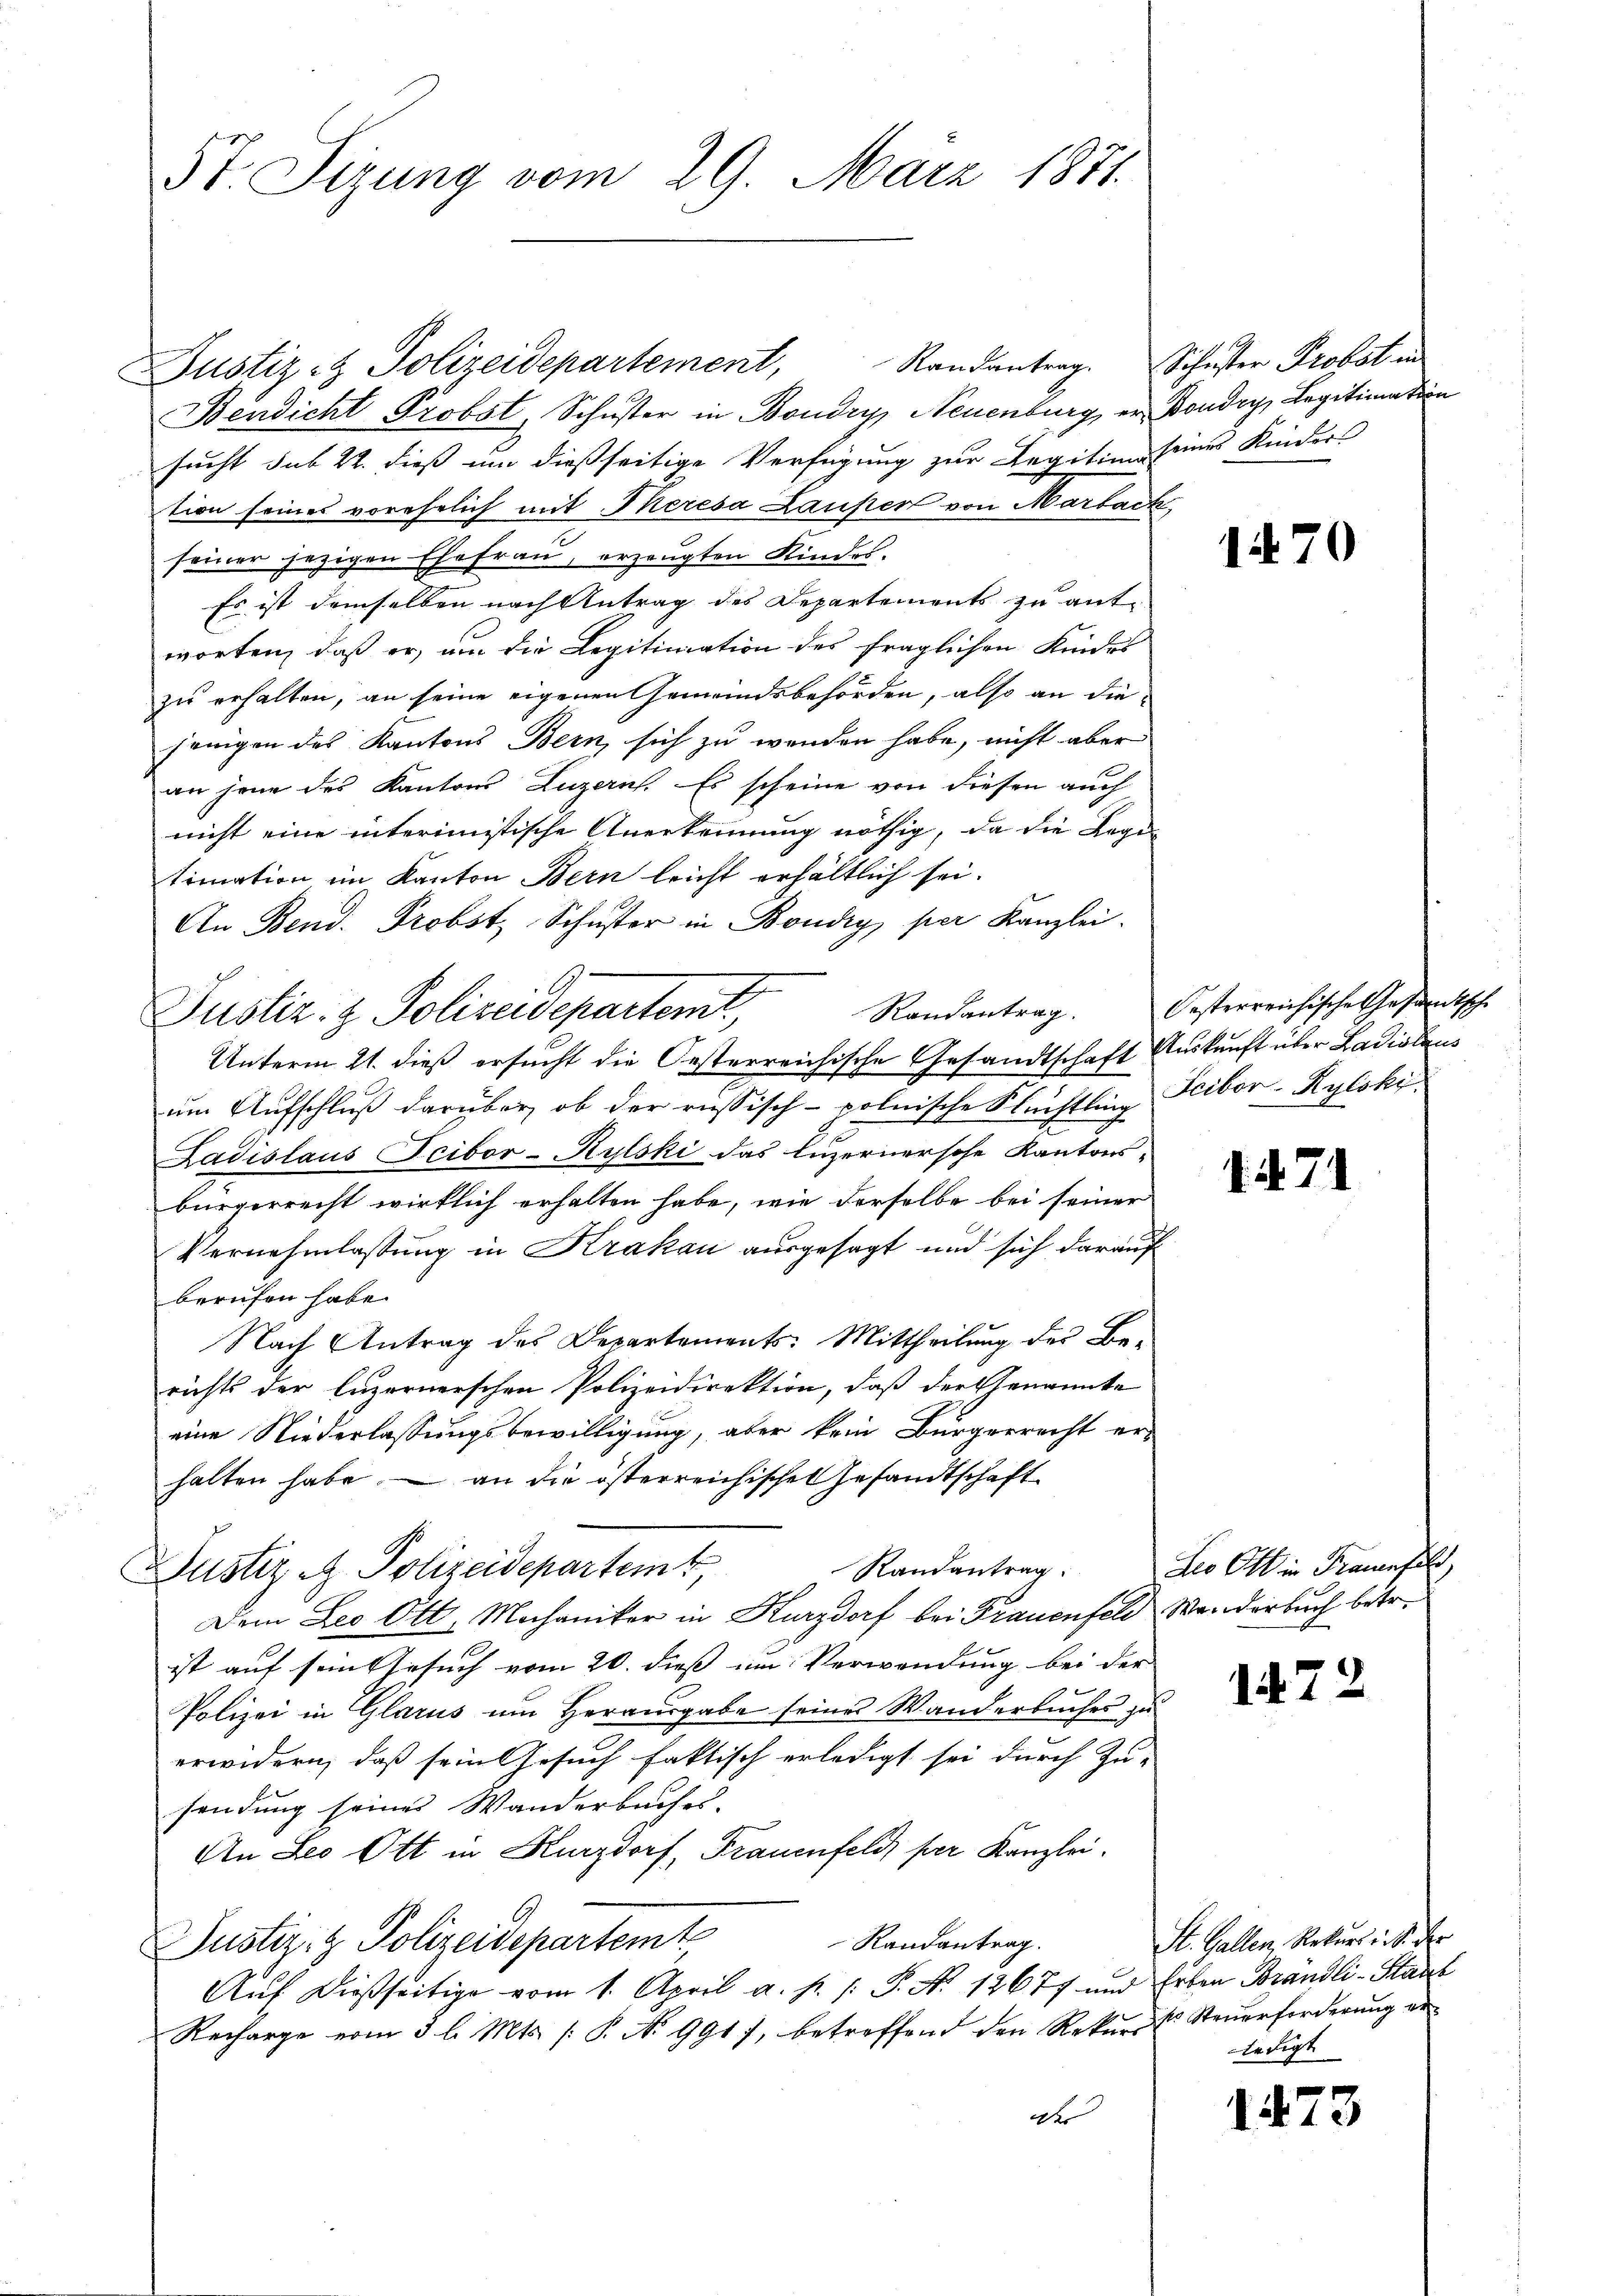
St. Sizung vom 29. März 1871.

Bendicht Probst, Schuster in Boudry, Neuenburg, er Bondry, Legitimation
sucht sub 22. dieß um dießseitige Verfügung zur Legitime seines Kinders
tion seines vorehelich mit Theresa Laufer von Marbach
seiner jezigen Ehefrau, erzeugten Kindes.
Es ist demselben nach Antrag des Departements zu antworten, daß er, um die Legitimation des fraglichen Kindes
zu erhalten, an seine eigenen Gemeindsbehörden, also an die
jenigen des Kantons Bern, sich zu wenden habe, nicht aber
an jene des Kantons Luzern. Es scheine von diesen auch
nicht eine interimistische Anerkennung nöthig, da die Regi
timation im Kanton Bern leicht erhältlich sei.
An Bend. Probst, Schuster in Bondig per Kanzlei.
Justiz- & Polizeidepartent,
Unterm 21. dieß ersucht die Oesterreichische Gesandtschaft Auskunft über Badislanum Aufschluß darüber, ob der russisch-polnische Stüchtling Fribor-Rylski
Ladislaus Feibor-Rylski das Luzernersche Kantons-
bürgerrecht wirklich erhalten habe, wie derselbe bei seiner
Vernehmlassung in Krakau ausgesagt und sich darauf
berufen habe.
Nach Antrag des Departements: Mittheilung des Berichts der luzernerschen Polizeidirektion, daß der Genannte
eine Niederlassungsbewilligung, aber kein Bürgerrecht er-
halten habe – an die österreichischen Gesandtschaft
Randantrag
Justiz & Polizeidepartemt,
Dem Leo Ott, Mechaniker in Kurzdorf bei Frauenfeld Wanderbuch betr.
ist auf sein Gesuch vom 20. dieß um Verwendung bei der
Polizei in Glarus um Herausgabe seines Wanderbucher zu
erwidern, daß sein Gesuch faktisch erledigt sei durch Zu-
sendung seines Wanderbuches.
An Leo Ott in Kurzdorf, Frauenfeld, per Kanzlei.
Randantrag.
Justiz- & Polizeidepartemt
Auf dießseitige vom 1. April a. p. /: P. No. 12677 und Erben Brandli-Staat
Recharge vom 3. l. Mts. /: P. No 9917, betreffend den Rekurst Steŭerforderŭng er
d

Justiz & Polizeidepartement,

Randantrag.

Schwister Probst in

Randantrag. Oesterreichische Gesandtsche

Leo Ott in Frauenfe

1470

A. 71

147

s

St. Gallen, Rekurs i. S. der
ledigt

1473